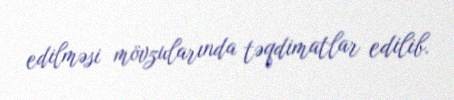
edilməsi mövzularında təqdimatlar edilib.